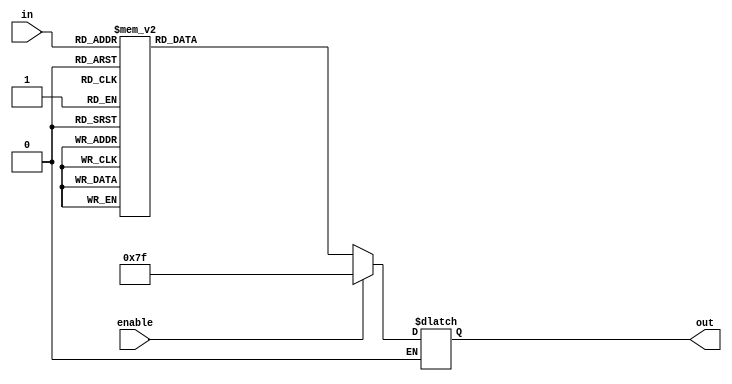
module segments(
		input [3:0] in, 			//data to be displayed
		input enable, 				//makes the display active
		output reg [6:0] out		//7 segments display data
		);

always @(*)
	begin
		if(enable==1)				//hex display is off
			out=7'b111_1111;
		else 
			if(enable==0)			//hex display is on
				case(in)
					0: out= 7'b000_0001;
					1: out= 7'b100_1111;
					2: out= 7'b001_0010;
					3: out= 7'b000_0110;
					4: out= 7'b100_1100;
					5: out= 7'b010_0101;
					6: out= 7'b000_0010;
					7: out= 7'b000_1111;
					8: out= 7'b000_0000;
					9: out= 7'b000_0100;
					10:out= 7'b000_1000;
					11:out= 7'b110_0000;
					12:out= 7'b011_0001;
					13:out= 7'b100_0010;
					14:out= 7'b011_0000;
					15:out= 7'b011_1000;
					default: out= 7'b011_0000;
				endcase
	end

endmodule